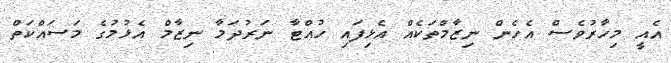
އެއީ މިހާރުވެސް އެހެން ނިޒާމްތަކެއް އެޅިފައި ހުއްޓާ ނަރުދަމާ ނިޒާމް އެޅުމުގެ މަސައްކަތް